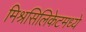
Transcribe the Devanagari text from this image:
मिश्रसिलिकेटमध्ये